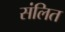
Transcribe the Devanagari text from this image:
संलित